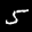
Label: 5